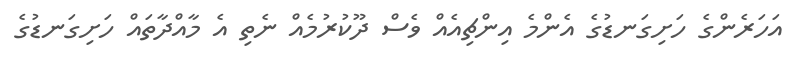
އަހަރެންގެ ހަށިގަނޑުގެ އެންމެ އިންޗިއެއް ވެސް ދޫކުރުމެއް ނެތި އެ މާއްދާތައް ހަށިގަނޑުގެ